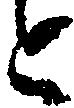
と